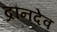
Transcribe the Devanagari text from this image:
द्रौनदेव